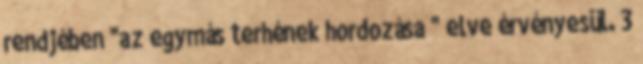
rendjében "az egymás terhének hordozása " elve érvényesül. 3